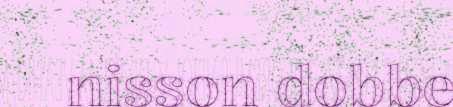
nisson dobbe